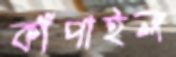
কাঁপাইল